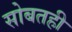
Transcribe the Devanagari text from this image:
सोबतही